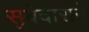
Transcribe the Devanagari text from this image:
सुबेदाराने